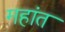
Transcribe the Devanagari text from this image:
महांत